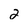
Character: 2